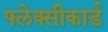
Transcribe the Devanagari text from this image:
फ्लेक्सीकार्ड